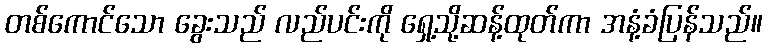
တစ်ကောင်သော ခွေးသည် လည်ပင်းကို ရှေ့သို့ဆန့်ထုတ်ကာ အနံ့ခံပြန်သည်။